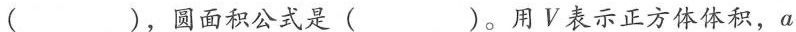
( )，圆面积公式是( )。用V表示正方体体积，a